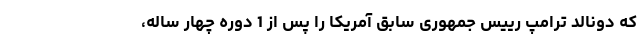
که دونالد ترامپ رییس جمهوری سابق آمریکا را پس از 1 دوره چهار ساله،